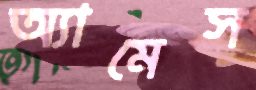
অ্যামেস